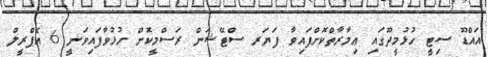
އައްޑޫ ސިޓީ ހުޅުމީދޫގައި ޢިމާރާތްކޮށްފައިވާ ފަޔަރ ސްޓޭޝަން ރަސްމީކޮށް ހުޅުވާފައިވަނީ 6 އެޕްރީލް